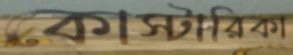
কোস্টারিকা